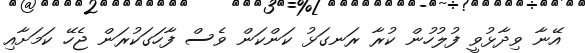
އޭނާ ވިދާޅުވީ ފުލުހުން ކުރާ ރަނގަޅު ކަންކަން ވެސް ފާހަގަކުރަން ޖެހޭ ކަމަށާއި